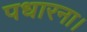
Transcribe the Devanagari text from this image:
पधारना।